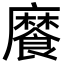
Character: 𩞁